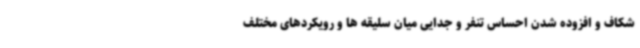
شکاف و افزوده شدن احساس تنفر و جدایی میان سلیقه ها و رویکردهای مختلف